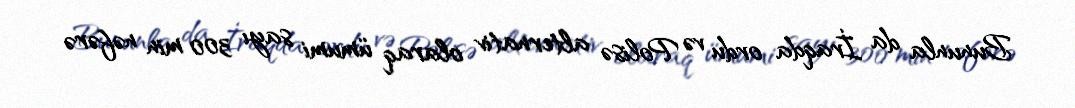
Bununla da İraqda ordu və Polisə alternativ olaraq ümumi sayı 300 min nəfərə